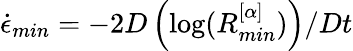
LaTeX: \dot{\epsilon}_{min}=-2D\left(\log(R_{min}^{[\alpha]})\right)/Dt